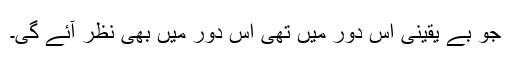
جو بے یقینی اُس دور میں تھی اِس دور میں بھی نظر آئے گی۔